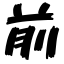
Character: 前